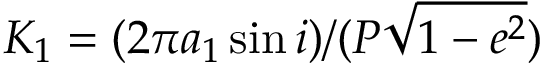
K _ { 1 } = ( 2 \pi a _ { 1 } \sin i ) / ( P \sqrt { 1 - e ^ { 2 } } )